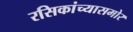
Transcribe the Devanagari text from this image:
रसिकांच्यासमोर